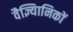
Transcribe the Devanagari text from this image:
वैज्ञ्यिानिकों